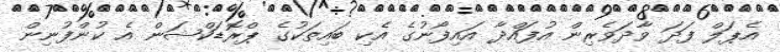
އެޕަލް ފަދަ ވާދަވެރިން އުފައްދާ އައިފޯނުގެ އެކި ބައިތަކުގެ ޕްރޮޑަކްޝަން އެ ކުންފުނިން